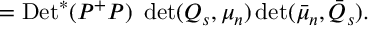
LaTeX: = \mathrm { D e t } ^ { * } ( P ^ { + } P ) ~ \operatorname * { d e t } ( Q _ { s } , \mu _ { n } ) \operatorname * { d e t } ( \bar { \mu } _ { n } , \bar { Q } _ { s } ) .